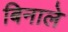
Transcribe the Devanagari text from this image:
बिनाले